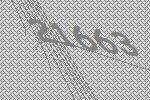
21663